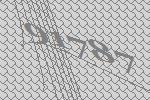
91787